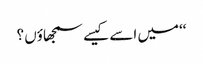
‘‘میں اسے کیسے سمجھاؤں ؟